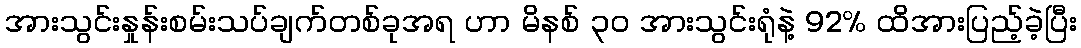
အားသွင်းနှုန်းစမ်းသပ်ချက်တစ်ခုအရ ဟာ မိနစ် ၃၀ အားသွင်းရုံနဲ့ 92% ထိအားပြည့်ခဲ့ပြီး